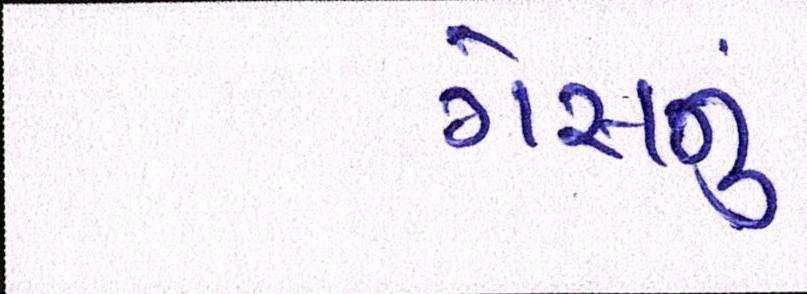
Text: ગેસનું